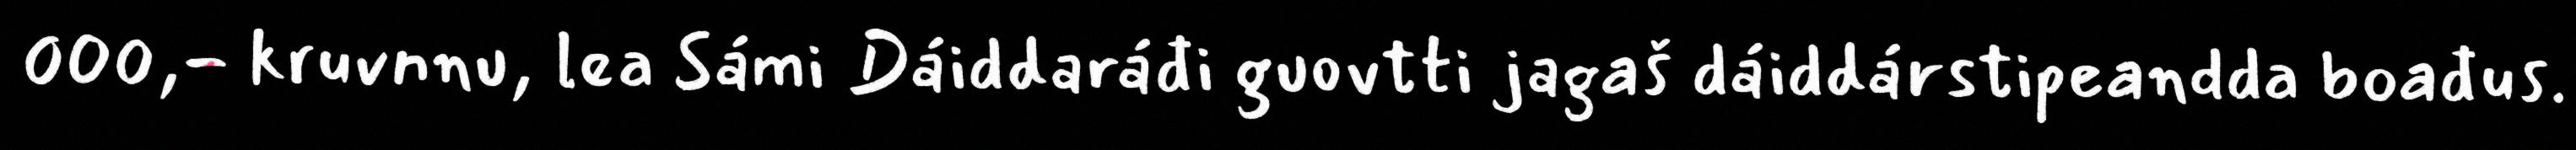
000,- kruvnnu, lea Sámi Dáiddaráđi guovtti jagaš dáiddárstipeandda boađus.